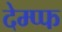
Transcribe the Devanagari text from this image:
देम्प्फ